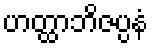
ဟတ္ထာဘိဇပ္ပနံ